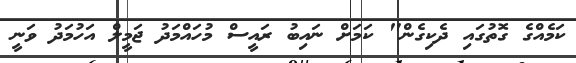
ކަމެއްގެ ގޮތުގައި ދެކިގެން" ކަމަށް ނައިބު ރައީސް މުހައްމަދު ޖަމީލް އަހުމަދު ވަނީ